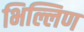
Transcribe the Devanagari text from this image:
भिल्लिण